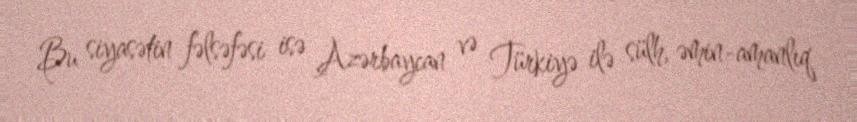
Bu siyasətin fəlsəfəsi isə Azərbaycan və Türkiyə ilə sülh, əmin-amanlıq